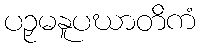
ပဉှမနူပဃာတိကံ